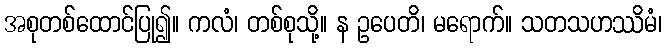
အစုတစ်ထောင်ပြု၍။ ကလံ၊ တစ်စုသို့။ န ဥပေတိ၊ မရောက်။ သတသဟဿိမံ၊